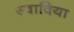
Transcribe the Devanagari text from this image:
स्वाविया